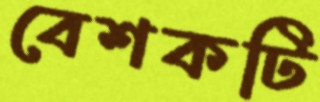
বেশকটি